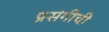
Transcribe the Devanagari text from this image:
प्रसंगीची